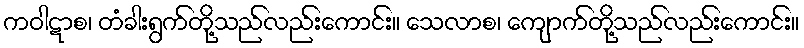
ကဝါဋာစ၊ တံခါးရွက်တို့သည်လည်းကောင်း။ သေလာစ၊ ကျောက်တို့သည်လည်းကောင်း။